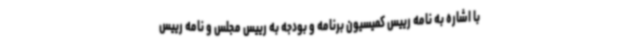
با اشاره به نامه رییس کمیسیون برنامه و بودجه به رییس مجلس و نامه رییس